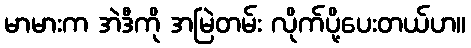
မာမားက အဲဒီကို အမြဲတမ်း လိုက်ပို့ပေးတယ်ဟ။